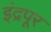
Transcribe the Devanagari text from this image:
इंद्रपूर